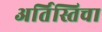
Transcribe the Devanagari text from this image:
अर्तिस्तिचा